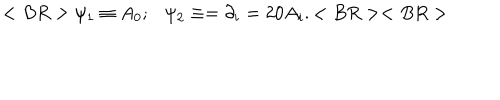
< B R > \psi _ { 1 } \equiv A _ { 0 } ; \psi _ { 2 } \equiv = \partial _ { i } = 2 0 A _ { i } . < B R > < B R >